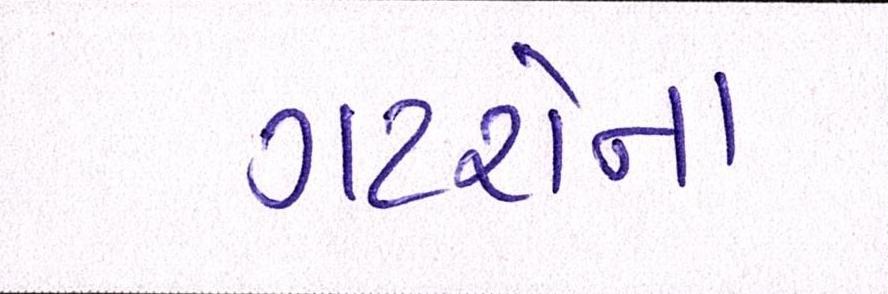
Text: ગટરોના